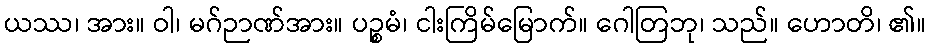
ယဿ၊ အား။ ဝါ၊ မဂ်ဉာဏ်အား။ ပဉ္စမံ၊ ငါးကြိမ်မြောက်။ ဂေါတြဘု၊ သည်။ ဟောတိ၊ ၏။